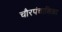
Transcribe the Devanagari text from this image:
चौरपंचाशिका